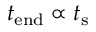
t _ { \mathrm { e n d } } \propto t _ { \mathrm { s } }